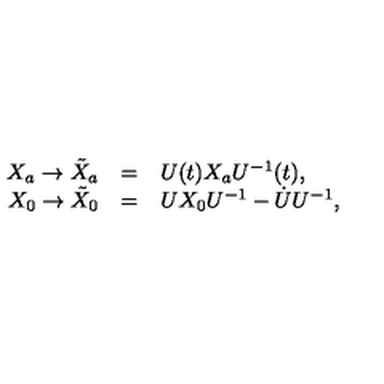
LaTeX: \begin{array} { r c l } { X _ { a } \to \tilde { X } _ { a } } & { = } & { U ( t ) X _ { a } U ^ { - 1 } ( t ) , } \\ { X _ { 0 } \to \tilde { X } _ { 0 } } & { = } & { U X _ { 0 } U ^ { - 1 } - \dot { U } U ^ { - 1 } , } \\ \end{array}